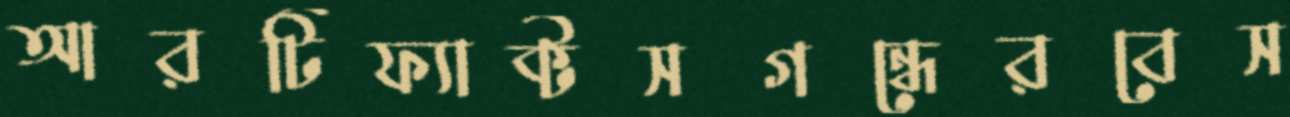
আরটিফ্যাক্টসগন্ধেরবেস